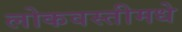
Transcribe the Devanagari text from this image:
लोकवस्तीमधे